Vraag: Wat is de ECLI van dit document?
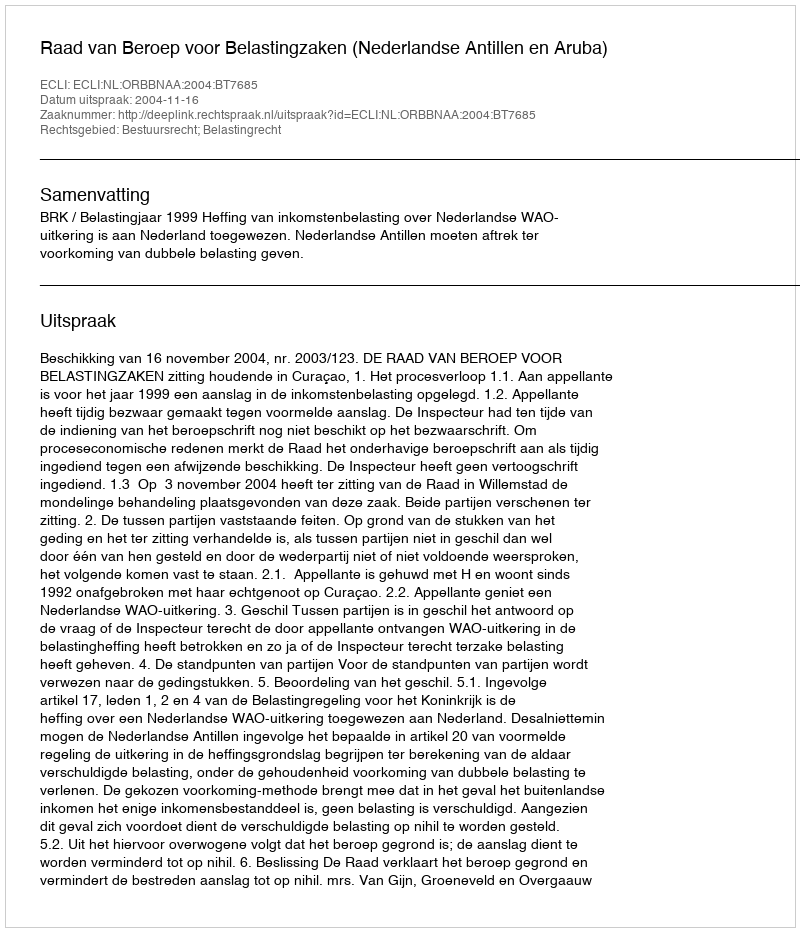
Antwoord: ECLI:NL:ORBBNAA:2004:BT7685